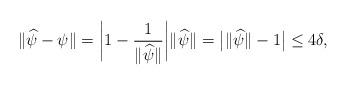
LaTeX: \begin{align*}\|\widehat{\psi}-\psi\|=\biggl|1-\frac{1}{\|\widehat{\psi}\|}\biggr|\|\widehat{\psi}\|=\bigl|\|\widehat{\psi}\|-1\bigr|\leq4\delta,\end{align*}